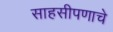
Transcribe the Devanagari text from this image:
साहसीपणाचे